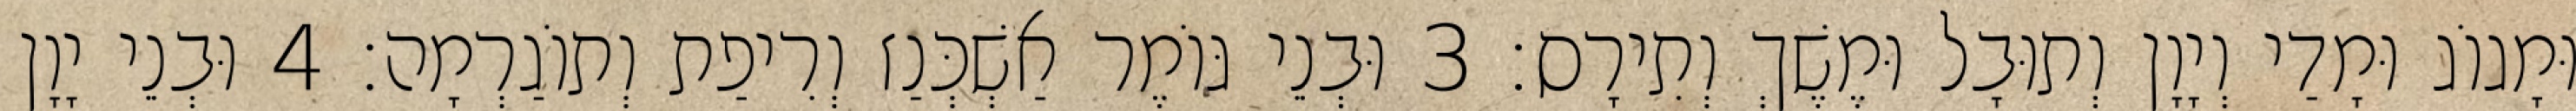
וּמָגוֹג וּמָדַי וְיָוָן וְתוּבָל וּמֶשֶׁךְ וְתִירָס׃ 3 וּבְנֵי גּוֹמֶר אַשְׁכְּנַז וְרִיפַת וְתוֹגַרְמָה׃ 4 וּבְנֵי יָוָן